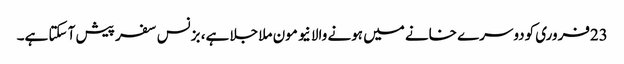
23فروری کودوسرے خانے میں ہونے والا نیو مون ملا جلا ہے، بزنس سفر پیش آ سکتا ہے۔